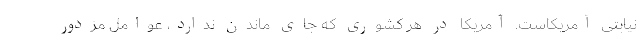
نیابتی آمریکاست. آمریکا در هر کشوری که جای ماندن ندارد، عوامل مزدور